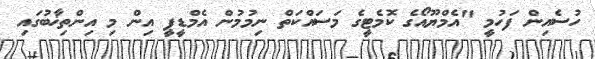
ހުސެއިން ފަހުމީ "އެމްޔޫއޯގެ ކޮމެޓީގެ މަސައްކަތް ނިމުމުން އެމްޑީޕީ އިން މި އިންތިޚާބުގައި